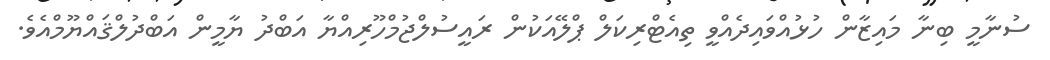
ސުނާމީ ބިނާ މައިޒާން ހުޅުއްވައިދެއްވީ ތިއެޓްރިކަލް ޕްލޭއަކުން ރައީސުލްޖުމްހޫރިއްޔާ އަބްދު ޔާމީން އަބްދުލްޤައްޔޫމްއެވެ.